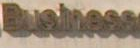
Business